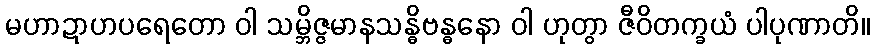
မဟာဍာဟပရေတော ဝါ သမ္ဘိဇ္ဇမာနသန္ဓိဗန္ဓနော ဝါ ဟုတွာ ဇီဝိတက္ခယံ ပါပုဏာတိ။